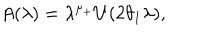
LaTeX: A ( \lambda ) = \lambda ^ { \mu _ { + } } U ( 2 \theta _ { 1 } \lambda ) ,